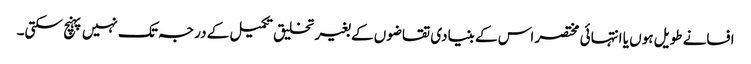
افسانے طویل ہوں یا انتہائی مختصر اس کے بنیادی تقاضوں کے بغیر تخلیق تکمیل کے درجہ تک نہیں پہنچ سکتی۔